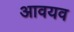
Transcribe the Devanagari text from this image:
आवयव